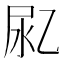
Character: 𰍴